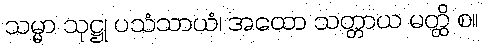
သမ္မာ သုဋ္ဌု ပသံသာယံ၊ အထော သတ္တာယ မတ္ထိ စ။